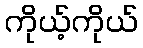
ကိုယ့်ကိုယ်